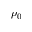
\rho _ { 0 }